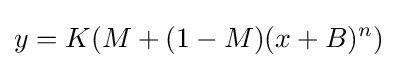
y=K(M+(1-M)(x+B)^{n})